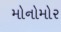
મોનોમોર